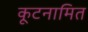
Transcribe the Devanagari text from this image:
कूटनामित